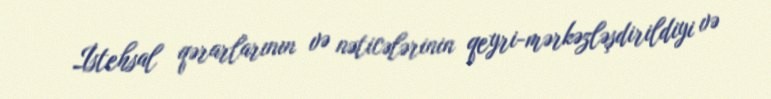
İstehsal qərarlarının və nəticələrinin qeyri-mərkəzləşdirildiyi və